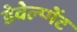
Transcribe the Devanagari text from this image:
डेवेल्प्मेंट